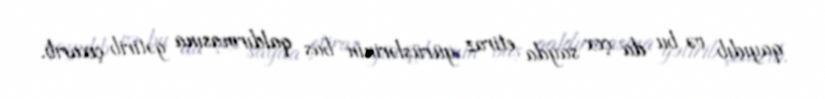
qayıdıb və bu da çox sayda etiraz yürüşlərinin baş qaldırmasına gətirib çıxarıb.